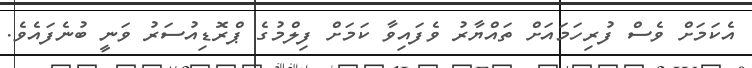
އެކަމަށް ވެސް ފުރިހަމައަށް ތައްޔާރު ވެފައިވާ ކަމަށް ފިލްމުގެ ޕްރޮޑިއުސަރު ވަނީ ބުނެފައެވެ.